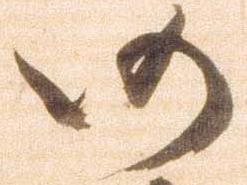
仍